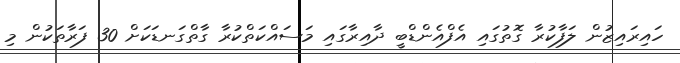
ހައިރައިޒުން ލަފާކުރާ ގޮތުގައި އެފްއެންޑްބީ ދާއިރާގައި މަސައްކަތްކުރާ ގާތްގަނޑަކަށް 30 ފަރާތަކުން މި